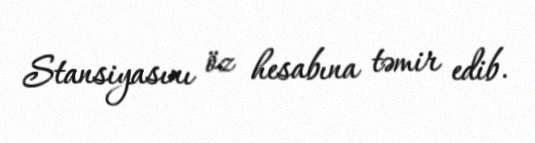
Stansiyasını öz hesabına təmir edib.